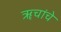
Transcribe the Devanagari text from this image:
ॠचांचे